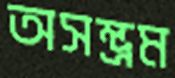
অসম্ভ্রম